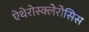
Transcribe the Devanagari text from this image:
ऐथेरोस्क्लेरोसिस